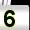
Digit: 5